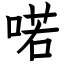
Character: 喏